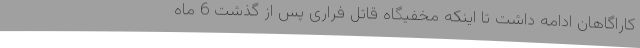
کاراگاهان ادامه داشت تا اینکه مخفیگاه قاتل فراری پس از گذشت 6 ماه